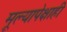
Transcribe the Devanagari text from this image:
मूल्यापेक्षाही